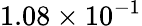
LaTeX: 1.08\times 10^{-1}